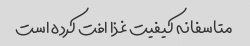
متاسفانه کیفیت غذا افت کرده است